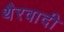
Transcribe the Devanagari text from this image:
थैरवादी